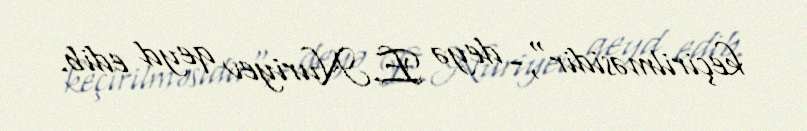
keçirilməsidir",- deyə E.Nuriyev qeyd edib.